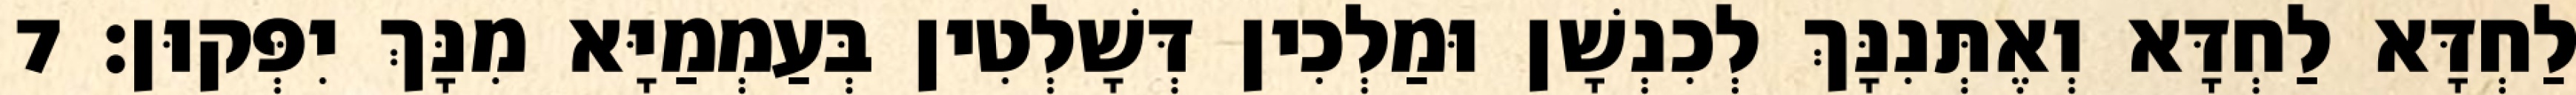
לַחְדָּא לַחְדָּא וְאֶתְּנִנָּךְ לְכִנְשָׁן וּמַלְכִין דְּשָׁלְטִין בְּעַמְמַיָּא מִנָּךְ יִפְּקוּן׃ 7